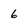
Character: 6